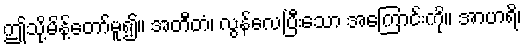
ဤသို့မိန့်တော်မူ၍။ အတီတံ၊ လွန်လေပြီးသော အကြောင်းကို။ အာဟရိ၊